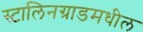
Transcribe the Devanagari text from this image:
स्टालिनग्राडमधील